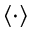
\langle \cdot \rangle